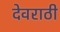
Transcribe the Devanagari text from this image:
देवराठी